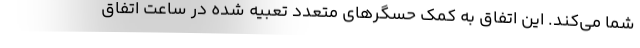
شما می‌کند. این اتفاق به کمک حسگرهای متعدد تعبیه شده در ساعت اتفاق